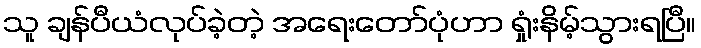
သူ ချန်ပီယံလုပ်ခဲ့တဲ့ အရေးတော်ပုံဟာ ရှုံးနိမ့်သွားရပြီ။